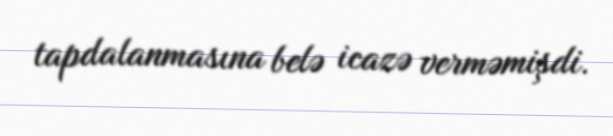
tapdalanmasına belə icazə verməmişdi.